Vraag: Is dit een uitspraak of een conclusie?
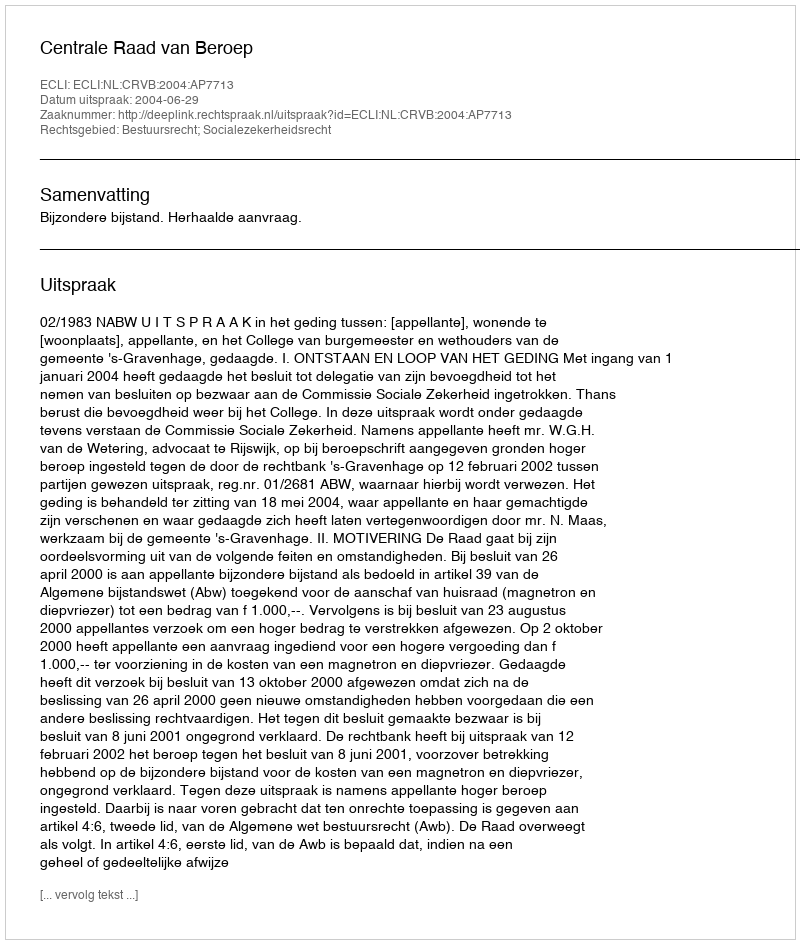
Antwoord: Uitspraak